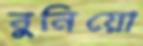
বুনিয়ো